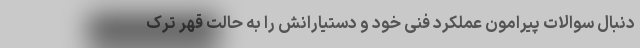
دنبال سوالات پیرامون عملکرد فنی خود و دستیارانش را به حالت قهر ترک